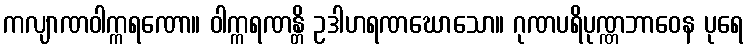
ကလျာဏဝါက္ကရဏော။ ဝါက္ကရဏန္တိ ဥဒါဟရဏဃောသော။ ဂုဏပရိပုဏ္ဏဘာဝေန ပုရေ